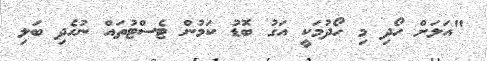
"އަލަށް ހޯދި މި ހޯދުމަކީ އަގު ބޮޑު ކަމުން ޓެސްޓުތައް ނުހެދި ބަލި